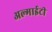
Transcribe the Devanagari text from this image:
अल्माईटी